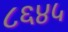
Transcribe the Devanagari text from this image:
८६४५